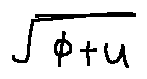
\sqrt { \phi + u }